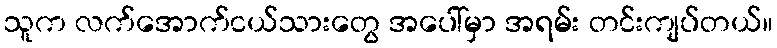
သူက လက်အောက်ငယ်သားတွေ အပေါ်မှာ အရမ်း တင်းကျပ်တယ်။